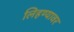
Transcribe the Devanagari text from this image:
लिहण्यावर